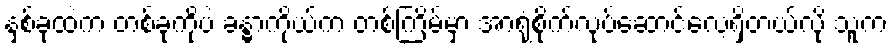
နှစ်ခုထဲက တစ်ခုကိုပဲ ခန္ဓာကိုယ်က တစ်ကြိမ်မှာ အာရုံစိုက်လုပ်ဆောင်လေ့ရှိတယ်လို့ သူက